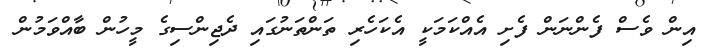
އިން ވެސް ފެންނަން ފެށި އެއްކަމަކީ އެކަހެރި ތަންތަނުގައި ދެޖިންސިގެ މީހުން ބާއްވަމުން